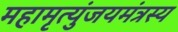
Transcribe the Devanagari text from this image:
महामृत्युंजयमंत्रस्य